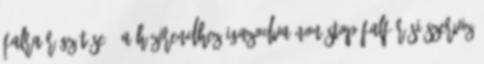
falra rögzítése . A házirendhez igazodva non-stop falfúrási szerviz